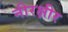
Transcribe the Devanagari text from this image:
नीरक्षीर